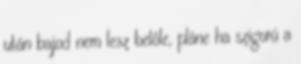
után bajod nem lesz belőle, pláne ha szigorú a